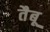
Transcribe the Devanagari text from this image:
तैबू